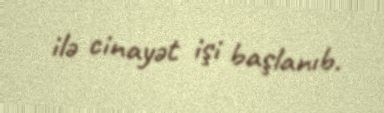
ilə cinayət işi başlanıb.